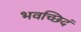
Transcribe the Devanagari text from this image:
भवच्छिदं